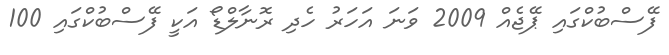
ފޭސްބުކްގައި ޕޭޖެއް 2009 ވަނަ އަހަރު ހެދި ރޮނާލްޑޯ އަކީ ފޭސްބުކްގައި 100